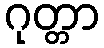
ဂုတ္တာ